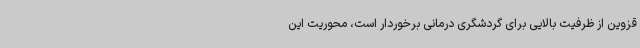
قزوین از ظرفیت بالایی برای گردشگری درمانی برخوردار است، محوریت این